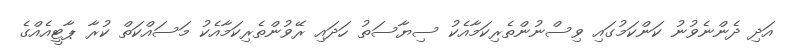
އަދި ދެންނެވުނު ކަންކަމުގައި ވިސްނުންތެރިކަމާއެކު ސިޔާސަތު ހަދައި ރޭވުންތެރިކަމާއެކު މަސައްކަތް ކުރާ ޕާޓީއެއްގެ